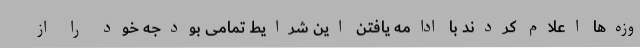
وزه‌ها اعلام کردند با ادامه یافتن این شرایط تمامی بودجه خود را از